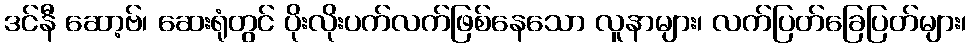
ဒင်နီ ဆော့ဗ်၊ ဆေးရုံတွင် ပိုးလိုးပက်လက်ဖြစ်နေသော လူနာများ၊ လက်ပြတ်ခြေပြတ်များ၊